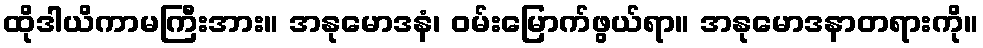
ထိုဒါယိကာမကြီးအား။ အနုမောဒနံ၊ ဝမ်းမြောက်ဖွယ်ရာ။ အနုမောဒနာတရားကို။